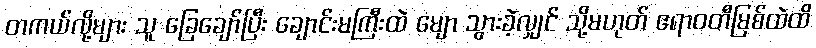
တကယ်လို့များ သူ ခြေချော်ပြီး ချောင်းမကြီးထဲ မျော သွားခဲ့လျှင် သို့မဟုတ် ဧရာဝတီမြစ်ထဲထိ